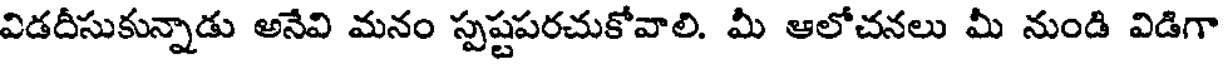
విడదీసుకున్నాడు అనేవి మనం స్పష్టపరచుకోవాలి. మీ ఆలోచనలు మీ నుండి విడిగా